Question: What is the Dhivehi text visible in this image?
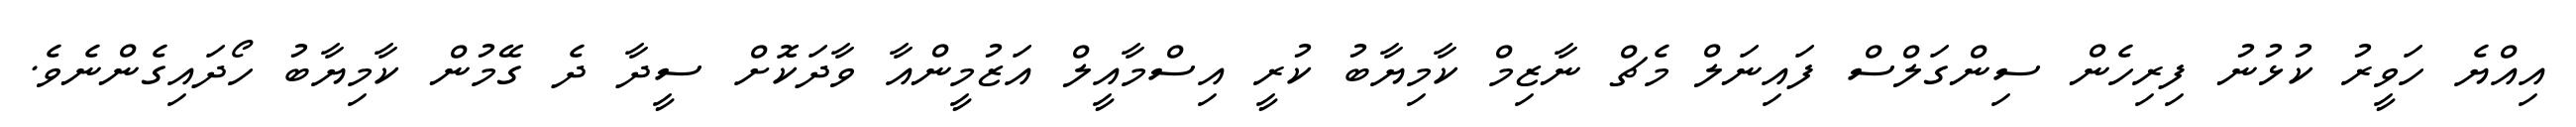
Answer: އިއްޔެ ހަވީރު ކުޅުނު ފިރިހެން ސިންގަލްސް ފައިނަލް މެޗް ނާޒިމް ކާމިޔާބު ކުރީ އިސްމާއީލް އަޒުމީންއާ ވާދަކޮށް ސީދާ ދެ ގޭމުން ކާމިޔާބު ހޯދައިގެންނެވެ.